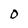
Character: 0